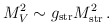
\begin{align*}M^2_V \sim g_{\rm str} M_{\rm str}^2\,.\end{align*}